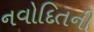
નવોદિતની